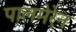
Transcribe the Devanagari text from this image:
पालमेरेन